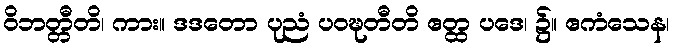
ဝိဘတ္တီတိ၊ ကား။ ဒဒတော ပုညံ ပဝဍ္ဎတီတိ ဧတ္ထ ပဒေ၊ ၌။ ဧကံသေန၊